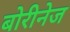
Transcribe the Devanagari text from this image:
बोरीनेज